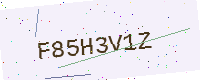
Text: F85H3V1Z